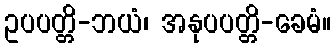
ဥပပတ္တိ-ဘယံ၊ အနုပပတ္တိ-ခေမံ။